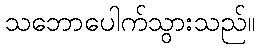
သဘောပေါက်သွားသည်။